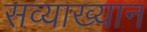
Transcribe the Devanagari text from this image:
सव्याख्यान